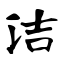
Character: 洁